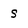
Character: S